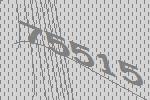
75515